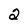
Character: 2